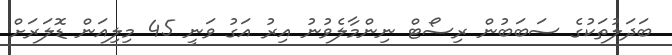
ބަދަލުތަކުގެ ސަބަބުން ރިސޯޓް ނިންމާލެވުނު އިރު އަގު ވަނީ 45 މިލިއަން ޑޮލަރަށް